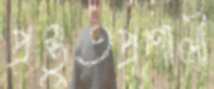
প্রস্তুতপ্রণালী